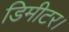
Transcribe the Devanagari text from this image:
डिमीटर।